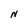
Character: N